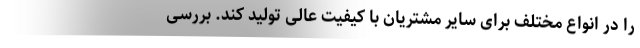
را در انواع مختلف برای سایر مشتریان با کیفیت عالی تولید کند. بررسی